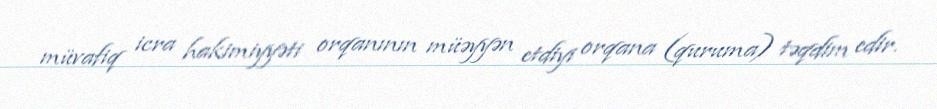
müvafiq icra hakimiyyəti orqanının müəyyən etdiyi orqana (quruma) təqdim edir.